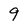
Character: 9